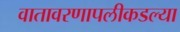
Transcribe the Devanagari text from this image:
वातावरणापलीकडल्या